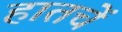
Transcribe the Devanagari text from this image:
हातचें